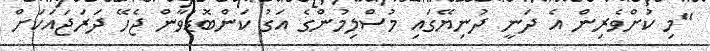
"މި ކުށްވެރިން އެ ދަނީ ދުނިޔޭގައި މުސްލިމުންގެ އަގު ކަންބޮޑުވާން ޖެހޭ ދަރަޖައަކަށް